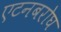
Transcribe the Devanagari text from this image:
एटनबरोघ